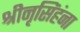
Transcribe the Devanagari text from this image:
श्रीनृसिंहंना